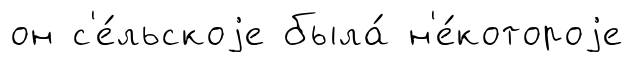
он с'е́льскоjе была́ н'е́котороjе